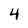
Character: 4